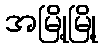
အမြို့မြို့